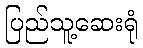
ပြည်သူ့ဆေးရုံ